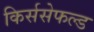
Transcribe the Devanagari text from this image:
किर्ससेफल्ड